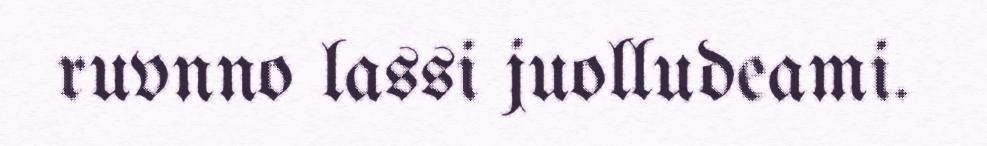
ruvnno lassi juolludeami.